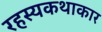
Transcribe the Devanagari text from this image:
रहस्यकथाकार